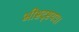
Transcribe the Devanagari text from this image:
भीष्टदृष्टयः।।